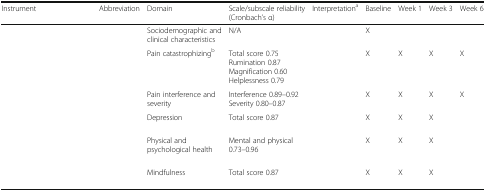
<table><thead><tr><td><b>Instrument</b></td><td><b>Abbreviation</b></td><td><b>Domain</b></td><td><b>Scale/subscale reliability (Cronbach’s α)</b></td><td><b>Interpretation<sup>a</sup></b></td><td><b>Baseline</b></td><td><b>Week 1</b></td><td><b>Week 3</b></td><td><b>Week 6</b></td></tr></thead><tbody><tr><td>[EMPTY_CELL]</td><td>[EMPTY_CELL]</td><td>Sociodemographic and clinical characteristics</td><td>N/A</td><td>[EMPTY_CELL]</td><td>X</td><td>[EMPTY_CELL]</td><td>[EMPTY_CELL]</td><td>[EMPTY_CELL]</td></tr><tr><td>[EMPTY_CELL]</td><td>[EMPTY_CELL]</td><td>Pain catastrophizing<sup>b</sup></td><td>Total score 0.75Rumination 0.87Magnification 0.60Helplessness 0.79</td><td>[EMPTY_CELL]</td><td>X</td><td>X</td><td>X</td><td>X</td></tr><tr><td>[EMPTY_CELL]</td><td>[EMPTY_CELL]</td><td>Pain interference and severity</td><td>Interference 0.89–0.92Severity 0.80–0.87</td><td>[EMPTY_CELL]</td><td>X</td><td>X</td><td>X</td><td>X</td></tr><tr><td>[EMPTY_CELL]</td><td>[EMPTY_CELL]</td><td>Depression</td><td>Total score 0.87</td><td>[EMPTY_CELL]</td><td>X</td><td>X</td><td>X</td><td>[EMPTY_CELL]</td></tr><tr><td>[EMPTY_CELL]</td><td>[EMPTY_CELL]</td><td>Physical and psychological health</td><td>Mental and physical 0.73–0.96</td><td>[EMPTY_CELL]</td><td>X</td><td>X</td><td>X</td><td>[EMPTY_CELL]</td></tr><tr><td>[EMPTY_CELL]</td><td>[EMPTY_CELL]</td><td>Mindfulness</td><td>Total score 0.87</td><td>[EMPTY_CELL]</td><td>X</td><td>X</td><td>X</td><td>[EMPTY_CELL]</td></tr></tbody></table>